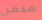
مدمن